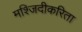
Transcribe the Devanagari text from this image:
मश्जिदीकरिता